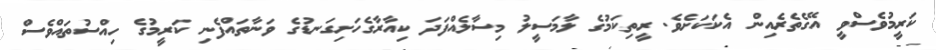
ކަރީމުވެސްވީ އޭގެތެރެއިން އެކަކަށެވެ. ރީތިކަމުގެ ލާމަސީލު މިސާލެއްފަދަ ކިއާރާގެހަށިގަނޑުގެ ވަނާތައްފެނި ކަރީމުގެ ހިއްސުތައްވެސް